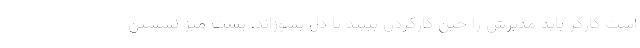
است کارگر باید مدیرش را حین کارکردن ببیند تا دل بسوزاند، پشت میز نشستن